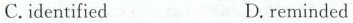
C.identified D.reminded